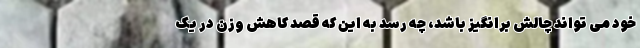
خود می تواند چالش برانگیز باشد، چه رسد به این که قصد کاهش وزن در یک